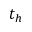
t _ { h }